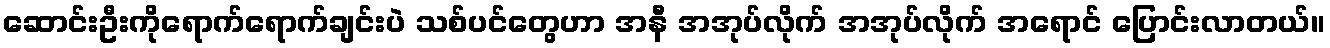
ဆောင်းဦးကိုရောက်ရောက်ချင်းပဲ သစ်ပင်တွေဟာ အနီ အအုပ်လိုက် အအုပ်လိုက် အရောင် ပြောင်းလာတယ်။